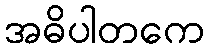
အဓိပါတကေ